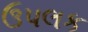
ઉપલક